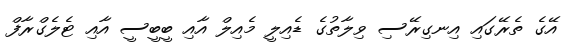
އޭގެ ތެރޭގައި އިނގިރޭސި ވިލާތުގެ ޑެއިލީ މެއިލް އާއި ބީބީސީ އާއި ޓެލެގްރާފް